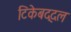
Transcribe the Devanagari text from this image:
टिकेबद्दल